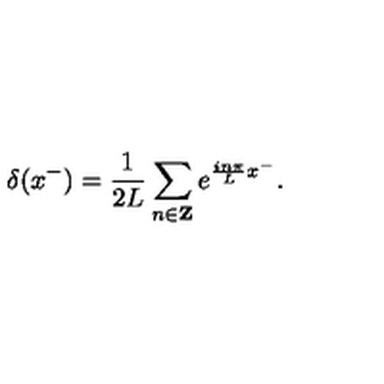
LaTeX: \delta ( x ^ { - } ) = \frac { 1 } { 2 L } \sum _ { n \in { \bf Z } } e ^ { \frac { i n \pi } { L } x ^ { - } } .